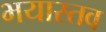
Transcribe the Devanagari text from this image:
भयास्तव